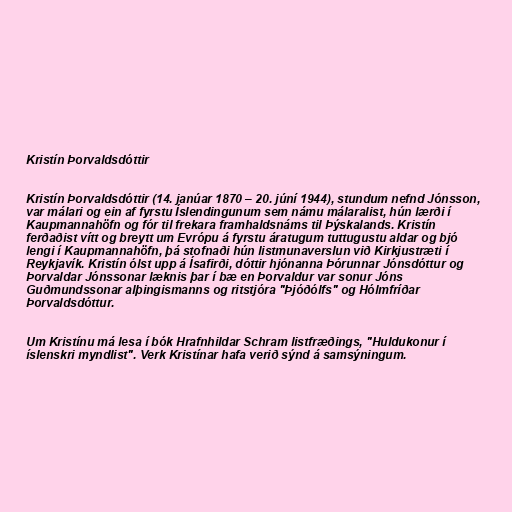
Kristín Þorvaldsdóttir

Kristín Þorvaldsdóttir (14. janúar 1870 – 20. júní 1944), stundum nefnd Jónsson,
var málari og ein af fyrstu Íslendingunum sem námu málaralist, hún lærði í
Kaupmannahöfn og fór til frekara framhaldsnáms til Þýskalands. Kristín
ferðaðist vítt og breytt um Evrópu á fyrstu áratugum tuttugustu aldar og bjó
lengi í Kaupmannahöfn, þá stofnaði hún listmunaverslun við Kirkjustræti í
Reykjavík. Kristín ólst upp á Ísafirði, dóttir hjónanna Þórunnar Jónsdóttur og
Þorvaldar Jónssonar læknis þar í bæ en Þorvaldur var sonur Jóns
Guðmundssonar alþingismanns og ritstjóra "Þjóðólfs" og Hólmfríðar
Þorvaldsdóttur.

Um Kristínu má lesa í bók Hrafnhildar Schram listfræðings, "Huldukonur í
íslenskri myndlist". Verk Kristínar hafa verið sýnd á samsýningum.